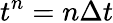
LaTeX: t^{n}=n\Delta t